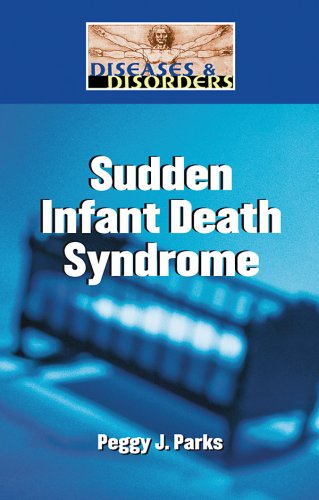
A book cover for Sudden Infant Death Syndrome (Diseases and Disorders); Peggy J. Parks; Teen & Young Adult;